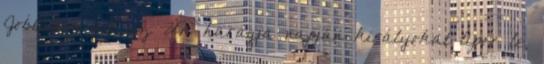
Jobbodon áll az Úr: haragja napján királyokat tipor le,